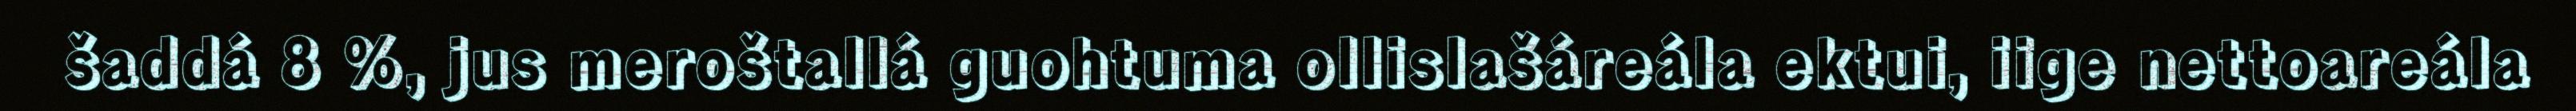
šaddá 8 %, jus meroštallá guohtuma ollislašáreála ektui, iige nettoareála